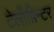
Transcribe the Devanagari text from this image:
टेलीप्रिन्टर